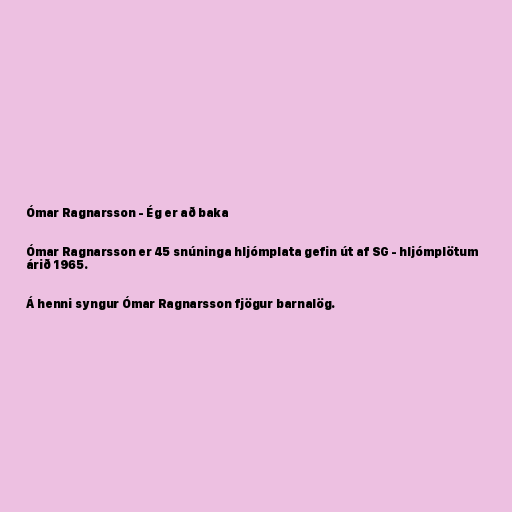
Ómar Ragnarsson - Ég er að baka

Ómar Ragnarsson er 45 snúninga hljómplata gefin út af SG - hljómplötum
árið 1965.

Á henni syngur Ómar Ragnarsson fjögur barnalög.